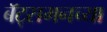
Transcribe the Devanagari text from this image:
बॅट्समनच्या